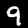
Label: 9